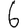
Digit: 6